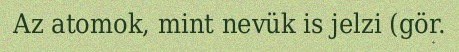
Az atomok, mint nevük is jelzi (gör.